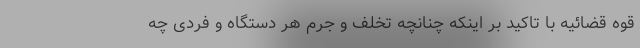
قوه قضائیه با تاکید بر اینکه چنانچه تخلف و جرم هر دستگاه و فردی چه